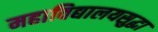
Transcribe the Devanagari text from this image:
महाविद्यालयसुद्धा